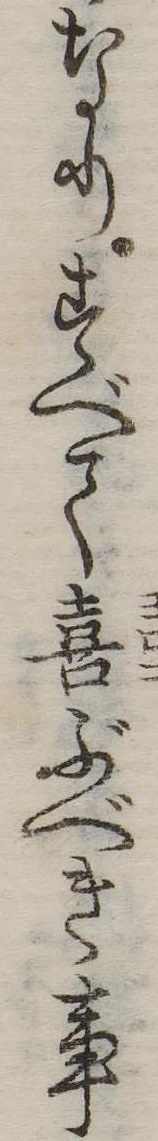
なりすべて喜ぶべき事